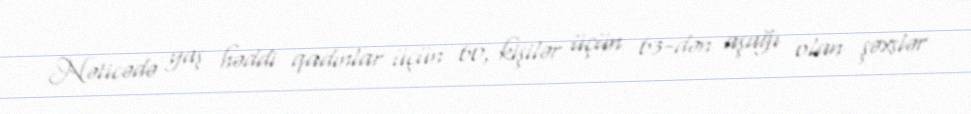
Nəticədə yaş həddi qadınlar üçün 60, kişilər üçün 63-dən aşağı olan şəxslər